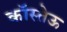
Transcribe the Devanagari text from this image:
कॉस्तेऊ